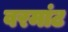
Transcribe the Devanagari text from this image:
वरमांट